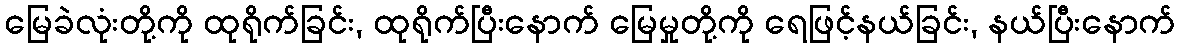
မြေခဲလုံးတို့ကို ထုရိုက်ခြင်း, ထုရိုက်ပြီးနောက် မြေမှုတို့ကို ရေဖြင့်နယ်ခြင်း, နယ်ပြီးနောက်